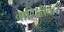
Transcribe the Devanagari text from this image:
वाहिनीवाटे